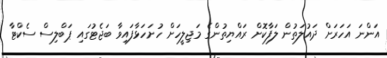
އަންނަ އަހަރަށް ދައުލަތުން ލަފާކޮށް ރައްޔިތުންގެ މަޖިލީހަށް ހުށަހަޅާފައިވާ ބަޖެޓުގައި ޕަބްލިސް ސެކްޓާ